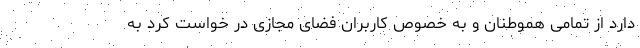
دارد از تمامی هموطنان و به خصوص کاربران فضای مجازی در خواست کرد به